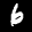
Label: 6